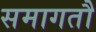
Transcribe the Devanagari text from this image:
समागतौ